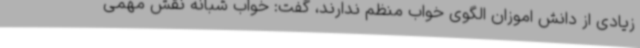
زیادی از دانش اموزان الگوی خواب منظم ندارند، گفت: خواب شبانه نقش مهمی